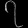
Digit: ၇